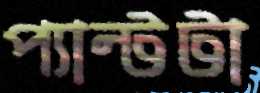
প্যান্টটা